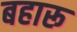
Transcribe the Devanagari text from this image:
बहारू